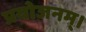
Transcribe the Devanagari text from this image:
प्रयोजनम्।